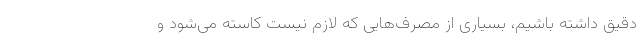
دقیق داشته باشیم، بسیاری از مصرف‌هایی که لازم نیست کاسته می‌شود و